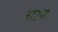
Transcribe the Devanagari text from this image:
राउम